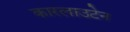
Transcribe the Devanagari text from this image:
कारलाउटेन